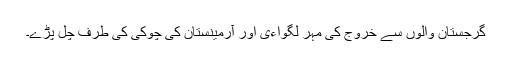
گرجستان والوں سے خروج کی مہر لگواءی اور آرمینستان کی چوکی کی طرف چل پڑے۔